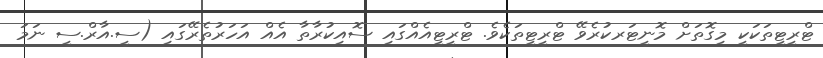
ޓްރީޓީތަކަކީ މިގޮތަށް މޮނީޓަރކުރެވޭ ޓްރީޓީތަކެވެ. ޓްރީޓީއެއްގައި ސޮއިކުރާތާ އެއް އަހަރުތެރޭގައި (ސީ.އާރް.ސީ ނަމަ